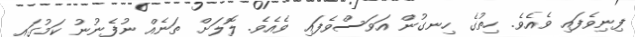
ފިނިވެފައި ވެއެވެ. ހިތުގެ ހިނގުން އަވަސްވެފައި ވެއެވެ. ލޮލަށް ތަނެއް ނުފެނުނު ކަމުގައި